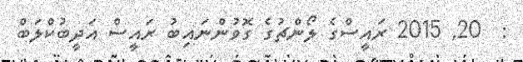
:  20